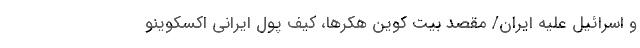
و اسرائیل علیه ایران/ مقصد بیت کوین هکرها، کیف پول ایرانی اکسکوینو